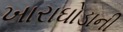
ખારાઘોડાની